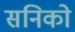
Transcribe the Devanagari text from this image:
सनिको